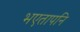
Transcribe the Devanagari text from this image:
भएतापनि